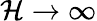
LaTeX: \mathcal{H}\to\infty